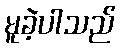
မူခဲ့ပါသည်